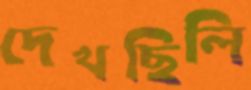
দেখছিলি